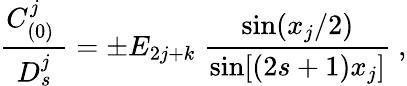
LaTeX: {\frac{C_{(0)}^{j}\; }{D_{s}^{j}}}=\pm E_{2j+k}\; {\frac{\mathrm{sin}{(x_{j}/2)}}{\mathrm{sin}{[(2s+1)x_{j}}]}}\ ,